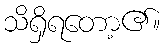
သိရှိရတော့၏။